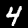
Label: 4